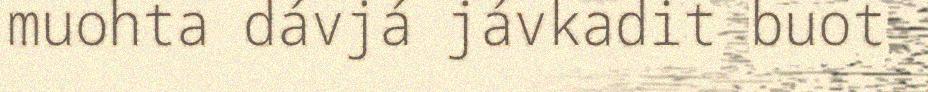
muohta dávjá jávkadit buot